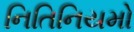
નિતિનિયમો